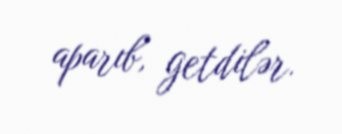
aparıb, getdilər.